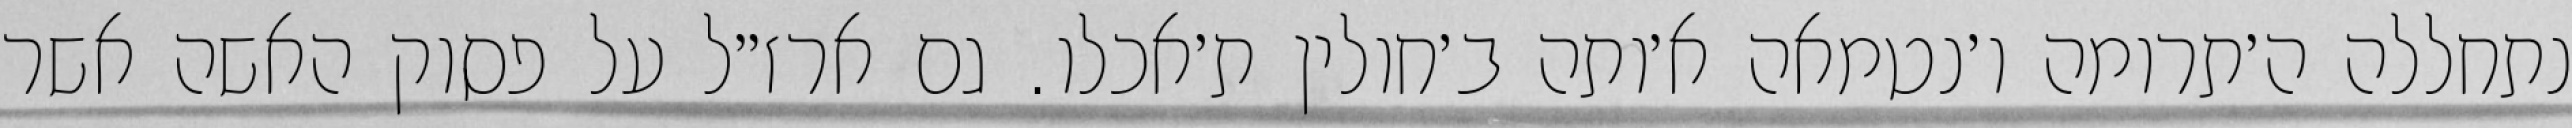
נתחללה ה׳תרומה ו׳נטמאה א׳ותה ב׳חולין ת׳אכלו. גם ארז״ל על פסוק האשה אשר